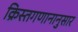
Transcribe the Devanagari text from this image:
क्रिस्तगणानानुसार